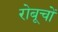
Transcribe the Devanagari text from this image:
रोबूचों